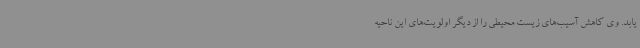
یابد. وی کاهش آسیب‌های زیست محیطی را از دیگر اولویت‌های این ناحیه